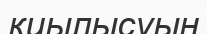
қиылысуын